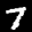
Label: 7